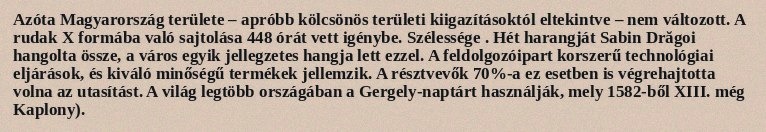
Azóta Magyarország területe – apróbb kölcsönös területi kiigazításoktól eltekintve – nem változott. A rudak X formába való sajtolása 448 órát vett igénybe. Szélessége . Hét harangját Sabin Drăgoi hangolta össze, a város egyik jellegzetes hangja lett ezzel. A feldolgozóipart korszerű technológiai eljárások, és kiváló minőségű termékek jellemzik. A résztvevők 70%‑a ez esetben is végrehajtotta volna az utasítást. A világ legtöbb országában a Gergely-naptárt használják, mely 1582-ből XIII. még Kaplony).